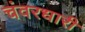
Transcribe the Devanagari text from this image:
चंवरधारी